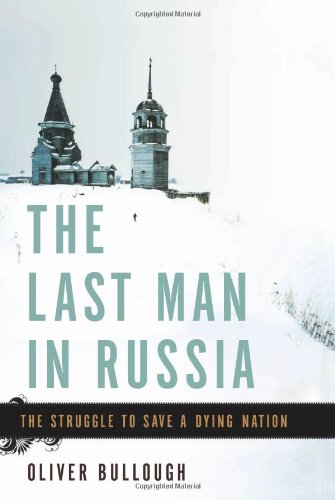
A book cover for The Last Man in Russia: The Struggle to Save a Dying Nation; Oliver Bullough; Travel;